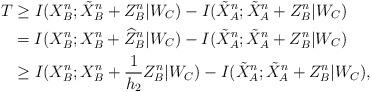
LaTeX: \begin{align*}T &\geq I(X_B^n;\tilde{X}_B^n+Z_B^n|W_C) - I (\tilde{X}_A^{n}; \tilde{X}_A^{n} + Z_B^n|W_C)\\&= I(X_B^n; X_B^n+\widehat Z_B^n|W_C)- I (\tilde{X}_A^{n}; \tilde{X}_A^{n} + Z_B^n|W_C)\\&\geq I(X_B^n; X_B^n+\frac{1}{h_2}Z_B^n|W_C) - I (\tilde{X}_A^{n}; \tilde{X}_A^{n} + Z_B^n|W_C),\end{align*}